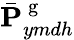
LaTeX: \bar{\mathbf{P}}_{ymdh}^{\mathrm{~g~}}